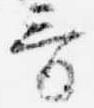
哥